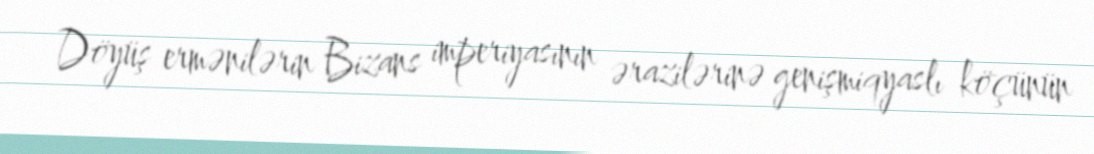
Döyüş ermənilərin Bizans imperiyasının ərazilərinə genişmiqyaslı köçünün